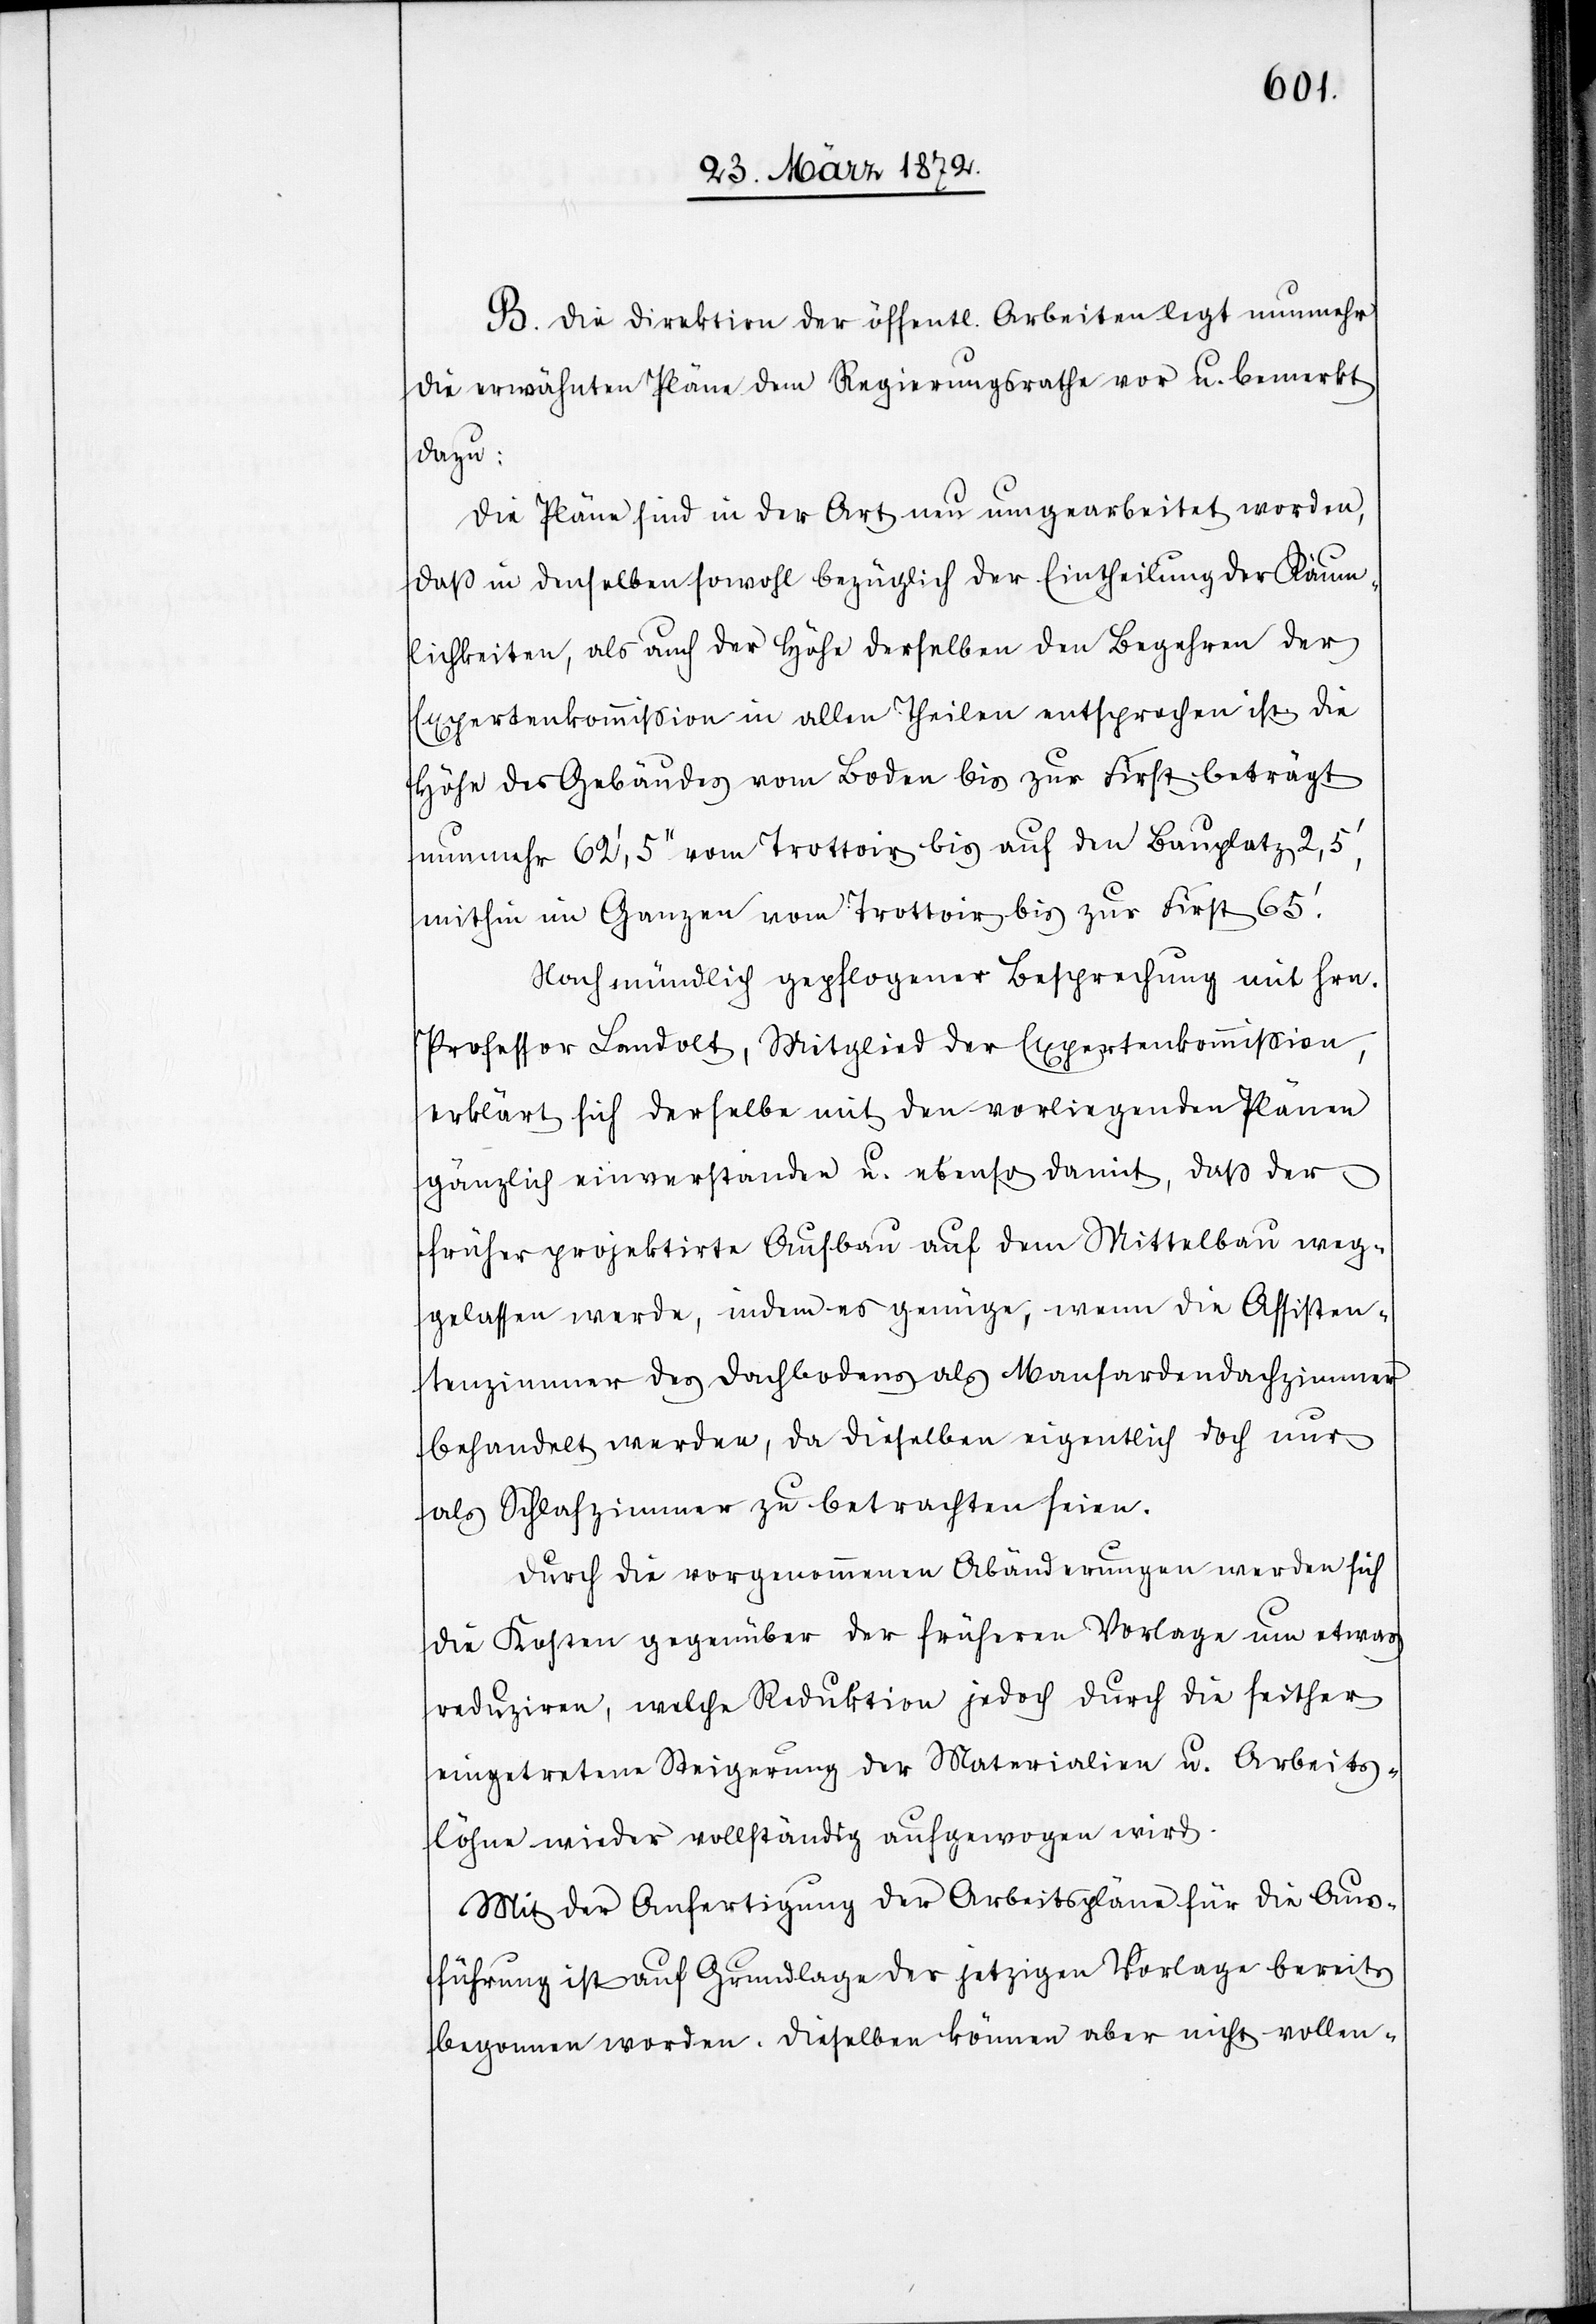
B. Die Direktion der öffentl. Arbeiten legt nunmehr
die erwähnten Pläne dem Regierungsrathe vor u. bemerkt
dazu:
Die Pläne sind in der Art neu umgearbeitet worden,
daß in denselben sowohl bezüglich der Eintheilung der Räum¬
lichkeiten, als auch der Höhe derselben den Begehren der
Expertenkommission in allen Theilen entsprochen ist. Die
Höhe des Gebäudes vom Boden bis zur First beträgt
nunmehr 62’,5’’ vom Trottoir bis auf den Bauplatz 2,5’,
mithin im Ganzen vom Trottoir bis zur First 65’.
Nach mündlich gepflogener Besprechung mit Hrn.
Professor Landolt, Mitglied der Expertenkommission,
erklärt sich derselbe mit den vorliegenden Plänen
gänzlich einverstanden u. ebenso damit, daß der
früher projektirte Aufbau auf dem Mittelbau weg¬
gelassen werde, indem es genüge, wenn die Assisten¬
tenzimmer des Dachbodens als Mansardendachzimmer
behandelt werden, da dieselben eigentlich doch nur
als Schlafzimmer zu betrachten seien.
Durch die vorgenommenen Abänderungen werden sich
die Kosten gegenüber der früheren Vorlage um etwas
reduziren, welche Reduktion jedoch durch die seither
eingetretene Steigerung der Materialien u. Arbeits¬
löhne wieder vollständig aufgewogen wird.
Mit der Anfertigung der Arbeitspläne für die Aus¬
führung ist auf Grundlage der jetzigen Vorlage bereits
begonnen worden. Dieselben können aber nicht vollen-